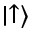
\mid \uparrow \rangle